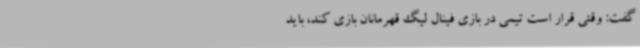
گفت: وقتی قرار است تیمی در بازی فینال لیگ قهرمانان بازی کند، باید